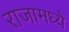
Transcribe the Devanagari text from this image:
राजामध्ये